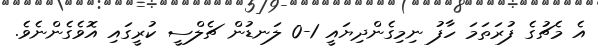
އެ މެޗުގެ ފުރަތަމަ ހާފު ނިމިގެންދިޔައީ 1-0 ލަނޑުން ޗެލްސީ ކުރީގައި އޮވެގެންނެވެ.